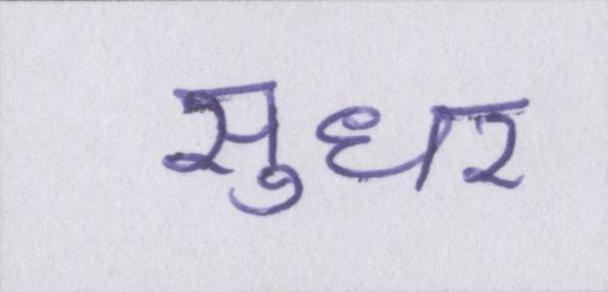
सुधर